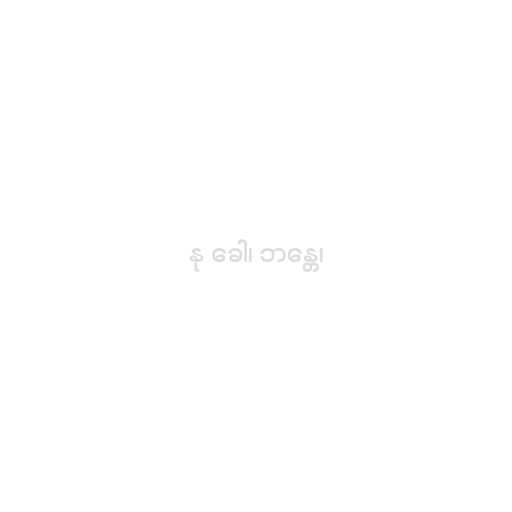
နု ခေါ၊ ဘန္တေ၊